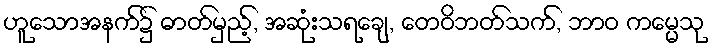
ဟူသောအနက်၌ ဓာတ်မှည့်, အဆုံးသရချေ, တေဝိဘတ်သက်, ဘာဝ ကမ္မေသု